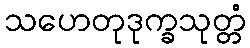
သဟေတုဒုက္ခသုတ္တံ